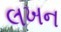
લખન